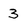
Character: 3